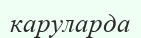
каруларда